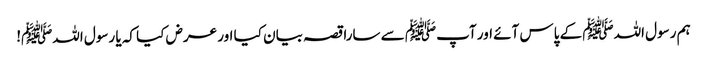
ہم رسول اللہﷺ کے پاس آئے اور آپﷺ سے سارا قصہ بیان کیا اور عرض کیا کہ یا رسول اللہﷺ!